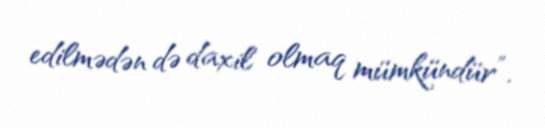
edilmədən də daxil olmaq mümkündür”.